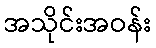
အသိုင်းအဝန်း